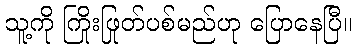
သူ့ကို ကြိုးဖြုတ်ပစ်မည်ဟု ပြောနေပြီ။